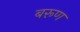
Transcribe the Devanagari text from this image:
बरूण